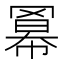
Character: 𮊎